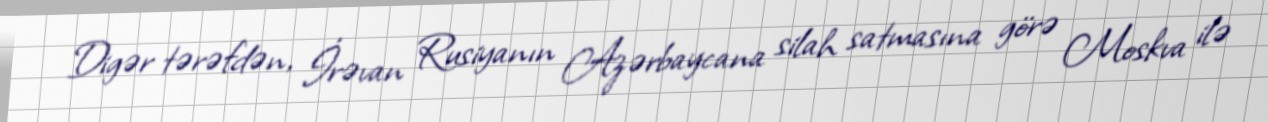
Digər tərəfdən, İrəvan Rusiyanın Azərbaycana silah satmasına görə Moskva ilə